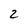
Character: 2